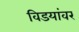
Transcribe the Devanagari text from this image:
विडयांवर